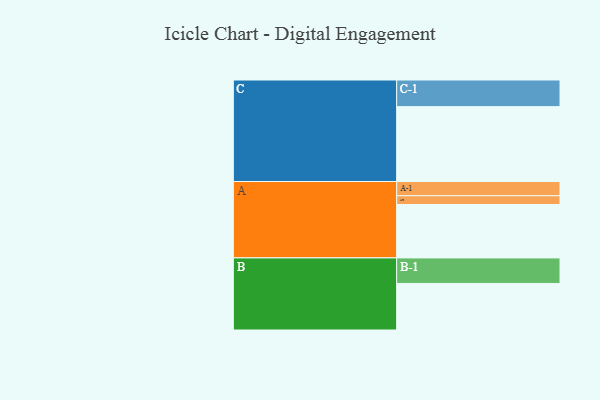
{"axis": {"x": "Segment", "y": "Value"}, "legend": ["", "A", "B", "C"], "data": [{"x": "A", "y": 383, "type": ""}, {"x": "B", "y": 334, "type": ""}, {"x": "C", "y": 537, "type": ""}, {"x": "A-1", "y": 102, "type": "A"}, {"x": "A-2", "y": 63, "type": "A"}, {"x": "B-1", "y": 183, "type": "B"}, {"x": "C-1", "y": 191, "type": "C"}]}